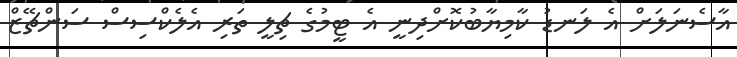
އާސެނަލަށް އެ ލަނޑު ކާމިޔާބުކޮށްދިނީ އެ ޓީމުގެ ޗިލީ ތަރި އެލެކްސިސް ސަންޗޭޒް